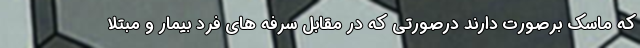
که ماسک برصورت دارند درصورتی که در مقابل سرفه های فرد بیمار و مبتلا